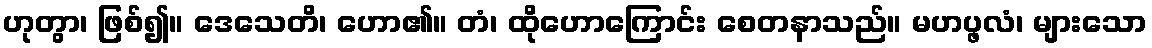
ဟုတွာ၊ ဖြစ်၍။ ဒေသေတိ၊ ဟော၏။ တံ၊ ထိုဟောကြောင်း စေတနာသည်။ မဟပ္ဖလံ၊ များသော